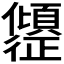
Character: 𫤎